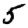
Digit: 5